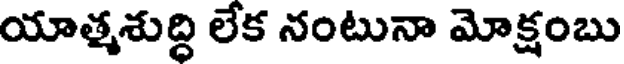
యాత్మశుద్ది లేక నంటునా మోక్షంబు